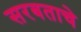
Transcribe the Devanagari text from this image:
सरबताचे